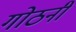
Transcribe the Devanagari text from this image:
गोठनी